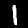
Digit: 1